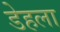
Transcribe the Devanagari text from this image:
डेहला